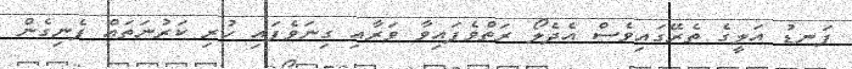
ފަނޑު އަލީގެ ތެރޭގައިވެސް އެދެލޯ ރަތްވެފައިވާ ވަރާއި ގިނަވެފައި ހުރި ކަރުނަތައް ފެނިގެން